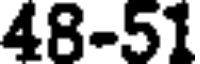
48-51